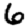
Digit: 6